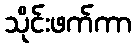
သိုင်းဖက်ကာ